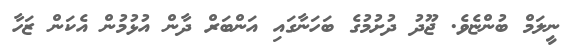
ނީލަމް ބުންޏެވެ. ޖޫދު ދުށުމުގެ ބަހަނާގައި އަންބަރް ދާން އުޅުމުން އެކަން ޒަހާ